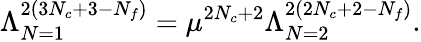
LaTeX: \Lambda_{N=1}^{2(3N_{c}+3-N_{f})}=\mu^{2N_{c}+2}\Lambda_{N=2}^{2(2N_{c}+2-N_{f})}.